Calcutta medical institutions reports 1892-1900
Year: 1892
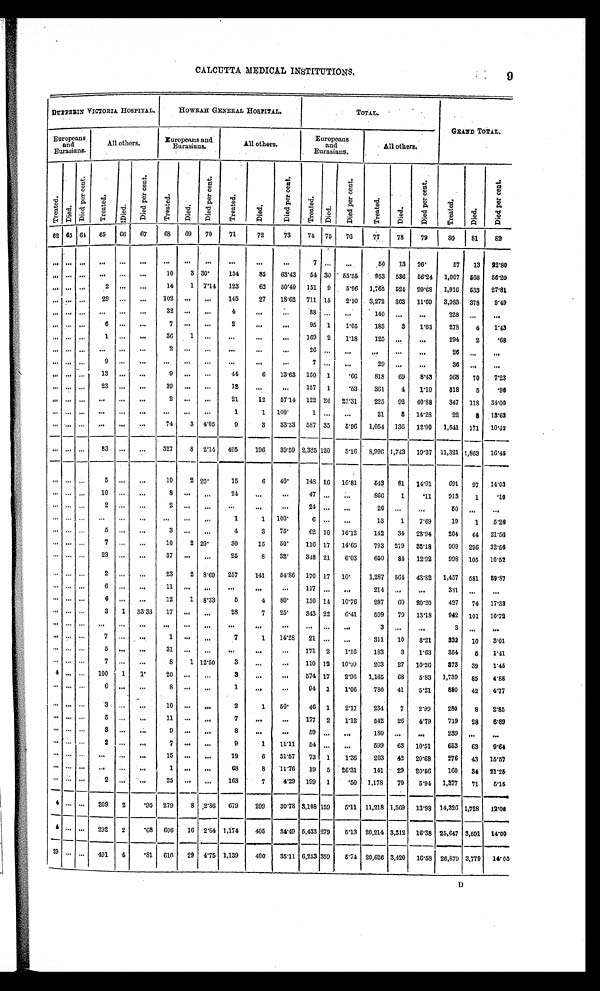
CALCUTTA MEDICAL INSTITUTIONS.
DUPPEEIN VICTORIA HOSPITAL.
HOWRAH GENERAL HOSPITAL.
TOTAL.
GRAND TOTAL.
Europeans
and
Eurasians.
All others.
Europeans and
Eurasians
All others.
Europeans
and
Eurasians.
All others.
T r e a t e d .
Died.
D i e d p e r c e n t .
Tr eat ed.
D i e d .
Di e d p e r c e n t .
T r e a t e d .
D i e d .
Di e d p e r c e n t .
Tr e a t e d .
Di e d .
D i e d p e r c e n t .
Tr eat ed.
Di ed.
Di e d p e r c e n t .
T r e a t e d .
D i e d .
D i e d p e r c e n t .
Treat ed.
Died.
D i e d p e r c e n t .
62 63 64
65
6 6 67
6 8 69
70
71
72
73
74
7 5 76
77
78
79
80
81
82
. . .
. . .. . .
. . .
. . .
. . .
. . .
. . .
. . .
. . . . . .
. . .
7
. . . . . .
50
13 26.
57
13 22.80
. . .
. . .. . .
. . .
. . . . . .
1 0
3 30.
134
8 5
63.43
54
3 0 55.55
953 536 56.24 1,007 566
56.20
. . .
. . .. . .
2
. . .
. . .
1 4
1 7.14 123
6 2
50.40 151 9
5.96 1,765 524
29.68
1,916 533 27.81
. . .
. . .. . .
2 9
. . .
. . .
1 0 2
. . . . . .
145
2 7
18.62 711 15 2.10 3,272 363 11.09 3,983 378
9.49
. . .
. . .. . .
. . .
. . .
. . .
3 2
. . . . . .
4
. . .
. . .
88 . . . . . .
140
. . .
. . .
228 . . .
. . .
. . .
. . . . . .
6
. . .
. . .
7
. . .
. . .
2
. . .
. . .
95 1
1.05
183
3
1.63
278
4
1.43
. . .
. . . . . .
1
. . .
. . .
3 6
1 . . .
. . .
. . . . . .
169 2
1.18
125
. . . . . .
294
2
. 68
. . .
. . .. . .
. . .
. . .
. . .
2
. . . . . .
. . .
. . .
. . .
26 . . .
. . .
. . .
. . . . . .
26
. . . . . .
. . .
. . .. . .
9
. . .
. . .
. . .
. . . . . .
. . . . . .
. . .
7 . . . . . .
29
. . .
. . .
36
. . . . . .
. . .
. . .. . .
1 3
. . .
. . .
9
. . . . . .
4 4
6 13.63 150 1
. 66
818
69
8.43
968
70
7.23
. . . . . . . . .
2 3
. . .
. . .
3 9
. . . . . .
1 2
. . .
. . .
157 1
. 53
361
4
1.10
518
5
. 96
. . . . . .. . .
. . .
. . . . . .
2
. . . . . .
2 1
1 2
57.14 122 26 21.31
225
92 40.88
347 118 34.00
. . . . . . . . .
. . .
. . .
. . .
. . .
. . .
. . .
1
1 100.
1 . . .
. . .
21
8 14.28
22
8
13.69
. . . . . .. . . . . .
. . .
. . .
7 4
3 4.05
9
3
33.33 587 35
5.96 1,054 136
12.90 1,641 171 10.42
. . .
. . .
. . .
8 3
. . .
. . .
3 2 7
8
2.14
4 9 5
1 9 6
39.59 2,325
120 5.16
8,996
1 , 7 4 3
19.37 11,321
1 , 8 6 3
16.45
. . . . . .. . .
5
. . . . . .
1 0
2 20.
1 5
6 40.
148 16 10.81
543
81 14.91
691
97
14.03
. . . . . . . . .
1 0
. . . . . .
8
. . . . . .
2 4
. . .
. . .
47 . . .
. . .
866
1
. 1 1
913
1
.10
. . . . . . . . .
2
. . . . . .
2
. . . . . .
. . .
. . .
. . .
24 . . . . . .
26
. . .
. . .
50 . . .
. . .
. . . . . .. . .
. . .
. . . . . .
. . .
. . . . . .
1
1 100.
6 . . . . . .
13
1
7.69
19
1
5.26
. . . . . . . . .
5
. . . . . .
3
. . . . . .
4
3
75.
62 10 16.12
142
34
23.94
204
44 21.50
. . . . . .. . .
7
. . . . . .
1 0
2 20.
3 0
1 5
50.
116 17
14.65
793 279 35.18
909 296 32.56
. . . . . . . . .
2 3
. . . . . .
3 7
. . . . . .
2 5
8
32.
348 21
6.03
650
84
12.92
998 105
10.52
. . . . . . . . .
2
. . . . . .
2 3
2 8.69
2 5 7
1 4 1
54.86 170 17 10.
1,287 564 43.82 1,457 581 89.87
. . . . . . . . .
6
. . . . . .
1 1
. . .
. . .
. . .
. . .
. . .
117 . . .
. . .
214
. . .
. . .
331 . . .
. . .
. . . . . . . . .
6
. . . . . .
1 2
1 8.33
5
4
80.
130 14 10.76
297
6 0 20.20
427
74 17.33
. . . . . .. . .
3
1 33.33
1 7
. . .
. . .
2 8
7
25.
343 22
6.41
599
79 13.18
942 101 10.72
. . . . . .. . .
. . .
. . .
. . .
. . .
. . .
. . .
. . .
. . .
. . .
. . . . . . . . .
3
. . .
. . .
3
. . .
. . .
. . . . . . . . .
7
. . .
. . .
1
. . .
. . .
7
1
14.28
21 . . .
. . .
311
10
8 . 2 1
332
10
3.01
. . . . . . . . .
5
. . .
. . .
3 1
. . .
. . .
. . .
. . .
. . .
171 2
1.16
183
3
1.63
354
5
1.41
. . . . . .. . .
7
. . .
. . .
8
1 12.50
3
. . .
. . .
110 12 10.99
263
27 10.26
373
39
1.45
4 . . . . . .
1 0 0
1
1 .
2 0
. . .
. . .
3
. . .
. . .
574 17
2.96 1,165
68
5.83 1,739
85
4.88
. . . . . . . . .
6
. . .
. . .
8 . . .
. . .
1
. . .
. . .
94
1
1.06
786
41
5.21
880
42
4.77
. . . . . .
. . .
3
. . .
. . .
1 0 . . .
. . .
2
1
50.
46 1
2.17
234
7
2.99
280
8
2.85
. . . . . .
. . .
5
. . .
. . .
1 1 . . .
. . .
7
. . .
. . .
177 2
1.12
542
26
4.79
719
28
6.89
. . . . . .
. . .
3
. . .
. . .
9
. . . . . .
8
. . .
. . .
59 . . .
. . .
180
. . .
. . .
239
. . .
. . .
. . . . . .
. . .
2
. . .
. . .
7
. . .
. . .
9
1
11.11
54 . . .
. . .
599
63 10.51
653
63
9.64
. . . . . .
. . .
. . .
. . .
. . .
1 5
. . .
. . .
1 9
6
31.57
73 1
1.36
203
42 20.68
276
43 15.57
. . .
. . .
. . .
. . .
. . .
. . .
1
. . . . . .
6 8
8
11.76
19 5 26.31
141
29 20.56
160
34 21.25
. . . . . .
. . .
2
. . .
. . .
2 5
. . .
. . .
1 6 3
7 4.29
199 1
. 5 0 1,178
70
5 . 9 4 1,377
71
5.15
4 . . .
. . .
2 0 9
2
. 9 5
2 7 9
8 2.86
6 7 9
2 0 9
30.78 3,108 159
5.11 11,218 1,569 13.98
14,326 1,728
12.06
4 . . .
. . .
2 9 2
2
. 6 8
6 0 6
1 6
2.64
1 , 1 7 4
4 0 5
34.49 5,433 279
5 . 1 3 20,214 3,312 16.38 25,647 3,591 14.00
2 9 . . .
. . .
4 9 1
4
. 8 1
6 1 0
2 9
4.75
1 , 1 3 9
4 0 0
35.11 6,253 359
5.74 20,626 3,420 16.58 26,879 3,779
14.05